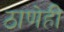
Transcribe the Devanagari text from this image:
ठाणेही